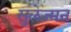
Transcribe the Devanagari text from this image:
सुलेज्मन